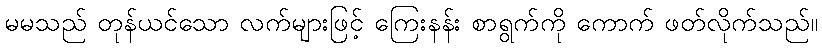
မမသည် တုန်ယင်သော လက်များဖြင့် ကြေးနန်း စာရွက်ကို ကောက် ဖတ်လိုက်သည်။